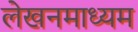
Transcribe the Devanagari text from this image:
लेखनमाध्यम